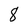
Character: 8